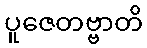
ပူဇေတဗ္ဗာတိ